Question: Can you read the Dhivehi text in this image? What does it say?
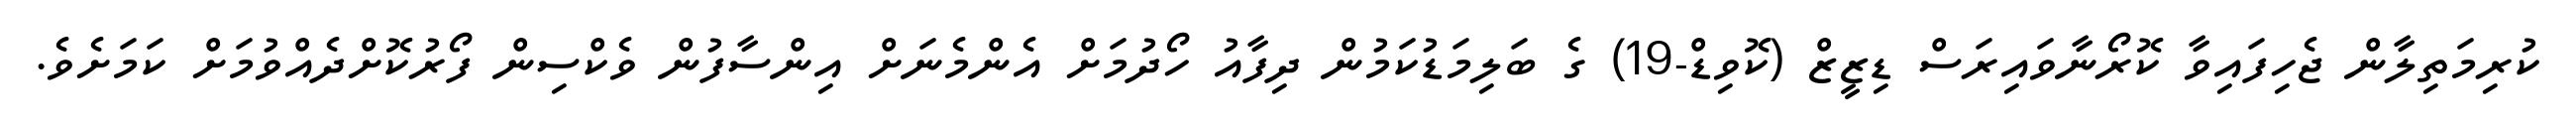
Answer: ކުރިމަތިލާން ޖެހިފައިވާ ކޮރޯނާވައިރަސް ޑިޒީޒް (ކޮވިޑް-19) ގެ ބަލިމަޑުކަމުން ދިފާއު ހޯދުމަށް އެންމެނަށް އިންސާފުން ވެކްސިން ފޯރުކޮށްދެއްވުމަށް ކަމަށެވެ.